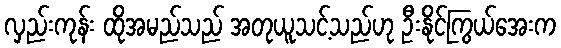
လှည်းကုန်း ထိုအမည်သည် အတုယူသင့်သည်ဟု ဦးနိုင်ကြွယ်အေးက